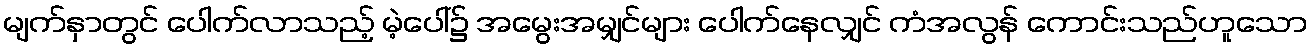
မျက်နှာတွင် ပေါက်လာသည့် မဲ့ပေါ်၌ အမွေးအမျှင်များ ပေါက်နေလျှင် ကံအလွန် ကောင်းသည်ဟူသော